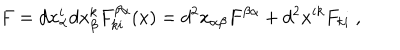
F = d x _ { \alpha } ^ { i } d x _ { \beta } ^ { k } F _ { k i } ^ { \beta \alpha } ( x ) = d ^ { 2 } x _ { \alpha \beta } F ^ { \beta \alpha } + d ^ { 2 } x ^ { i k } F _ { k i } \; ,